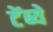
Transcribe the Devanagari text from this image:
टेंब्ये